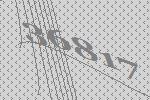
36817